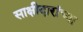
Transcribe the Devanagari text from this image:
साक्षीदारांच्या